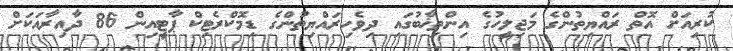
ކުރިއަށް އޮތް ރައްޔިތުންގެ މަޖިލީހުގެ އިންތިޚާބުގައި ދިވެހިރައްޔިތުންގެ ޑިމޮކްރެޓިކް ޕާޓީއިން 86 ދާއިރާއަކަށް